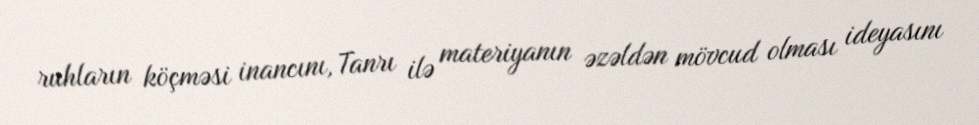
ruhların köçməsi inancını, Tanrı ilə materiyanın əzəldən mövcud olması ideyasını